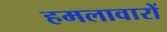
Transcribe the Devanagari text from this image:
हमलावारों